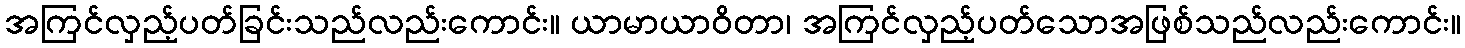
အကြင်လှည့်ပတ်ခြင်းသည်လည်းကောင်း။ ယာမာယာဝိတာ၊ အကြင်လှည့်ပတ်သောအဖြစ်သည်လည်းကောင်း။